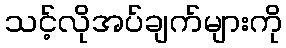
သင့်လိုအပ်ချက်များကို